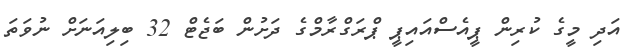
އަދި މީގެ ކުރިން ޕީއެސްއައިޕީ ޕްރަގްރާމްގެ ދަށުން ބަޖެޓް 32 ބިލިއަނަށް ނުވަތަ